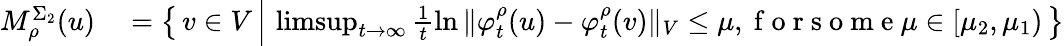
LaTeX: \begin{array}{rl}{M_{\rho}^{\Sigma_{2}}(u)}&{{}=\left\{ \, v\in V\, \Big\vert\, \operatorname*{limsup}_{t\to\infty}\frac{1}{t}\ln{\Vert\varphi_{t}^{\rho}(u)-\varphi_{t}^{\rho}(v)\Vert_{V}}\leq\mu,\mathrm{~f~o~r~s~o~m~e~}\mu\in[\mu_{2},\mu_{1})\, \right\} }\end{array}